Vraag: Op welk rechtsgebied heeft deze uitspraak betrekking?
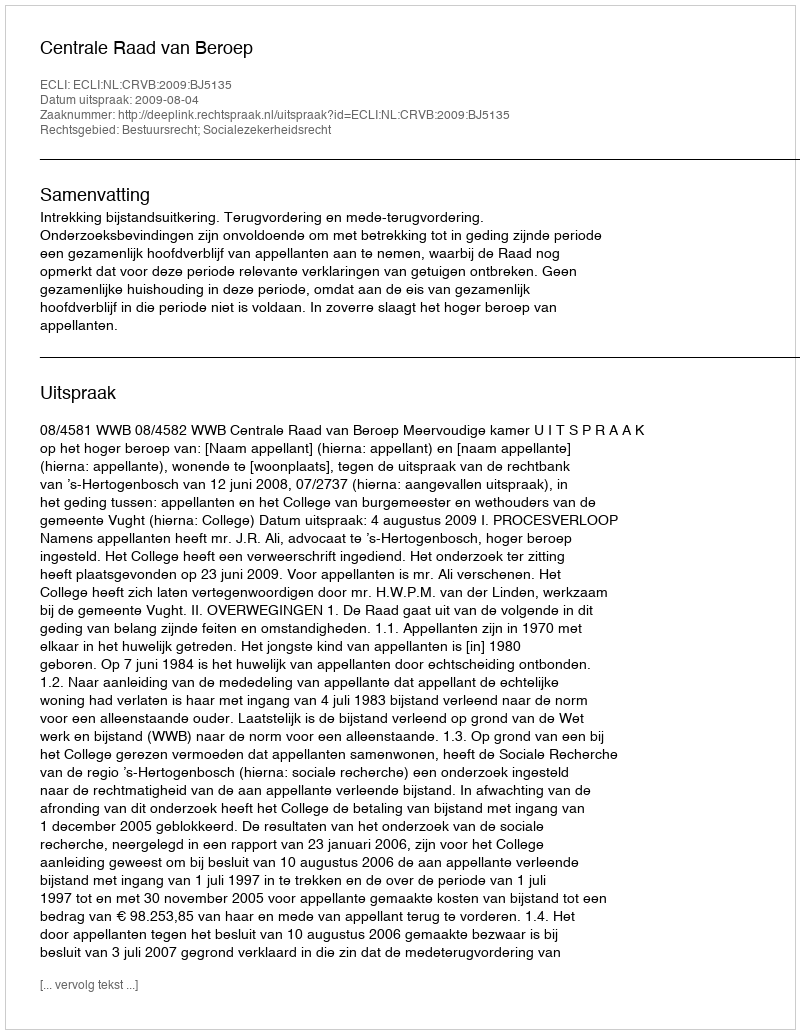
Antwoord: Bestuursrecht; Socialezekerheidsrecht